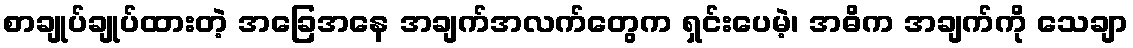
စာချုပ်ချုပ်ထားတဲ့ အခြေအနေ အချက်အလက်တွေက ရှင်းပေမဲ့၊ အဓိက အချက်ကို သေချာ